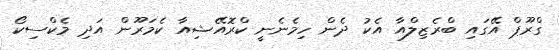
ގްރޫޕް އޭގައި ބްރެޒިލްއާ އެކު ދެން ހިމެނެނީ ކްރޮއޭޝިއާ ކެމަރޫން އަދި މެކްސިކޯ